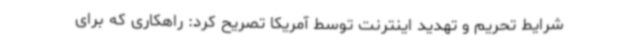
شرایط تحریم و تهدید اینترنت توسط آمریکا تصریح کرد: راهکاری که برای